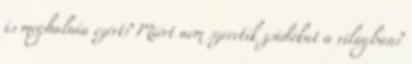
is meghalnia ezért? Miért nem szeretik zsidókat a világban?